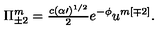
\Pi _ { \pm 2 } ^ { m } = { \textstyle \frac { c ( \alpha \prime ) ^ { 1 / 2 } } { 2 } } e ^ { - \phi } u ^ { m [ \mp 2 ] } .